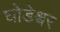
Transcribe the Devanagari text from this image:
घोडेश्वर